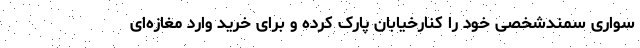
سواری سمندشخصی خود را کنارخیابان پارک کرده و برای خرید وارد مغازه‌ای